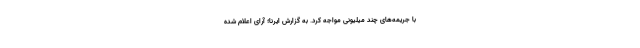
با جریمه‌های چند میلیونی مواجه کرد. به گزارش ایرنا؛ آرای اعلام شده